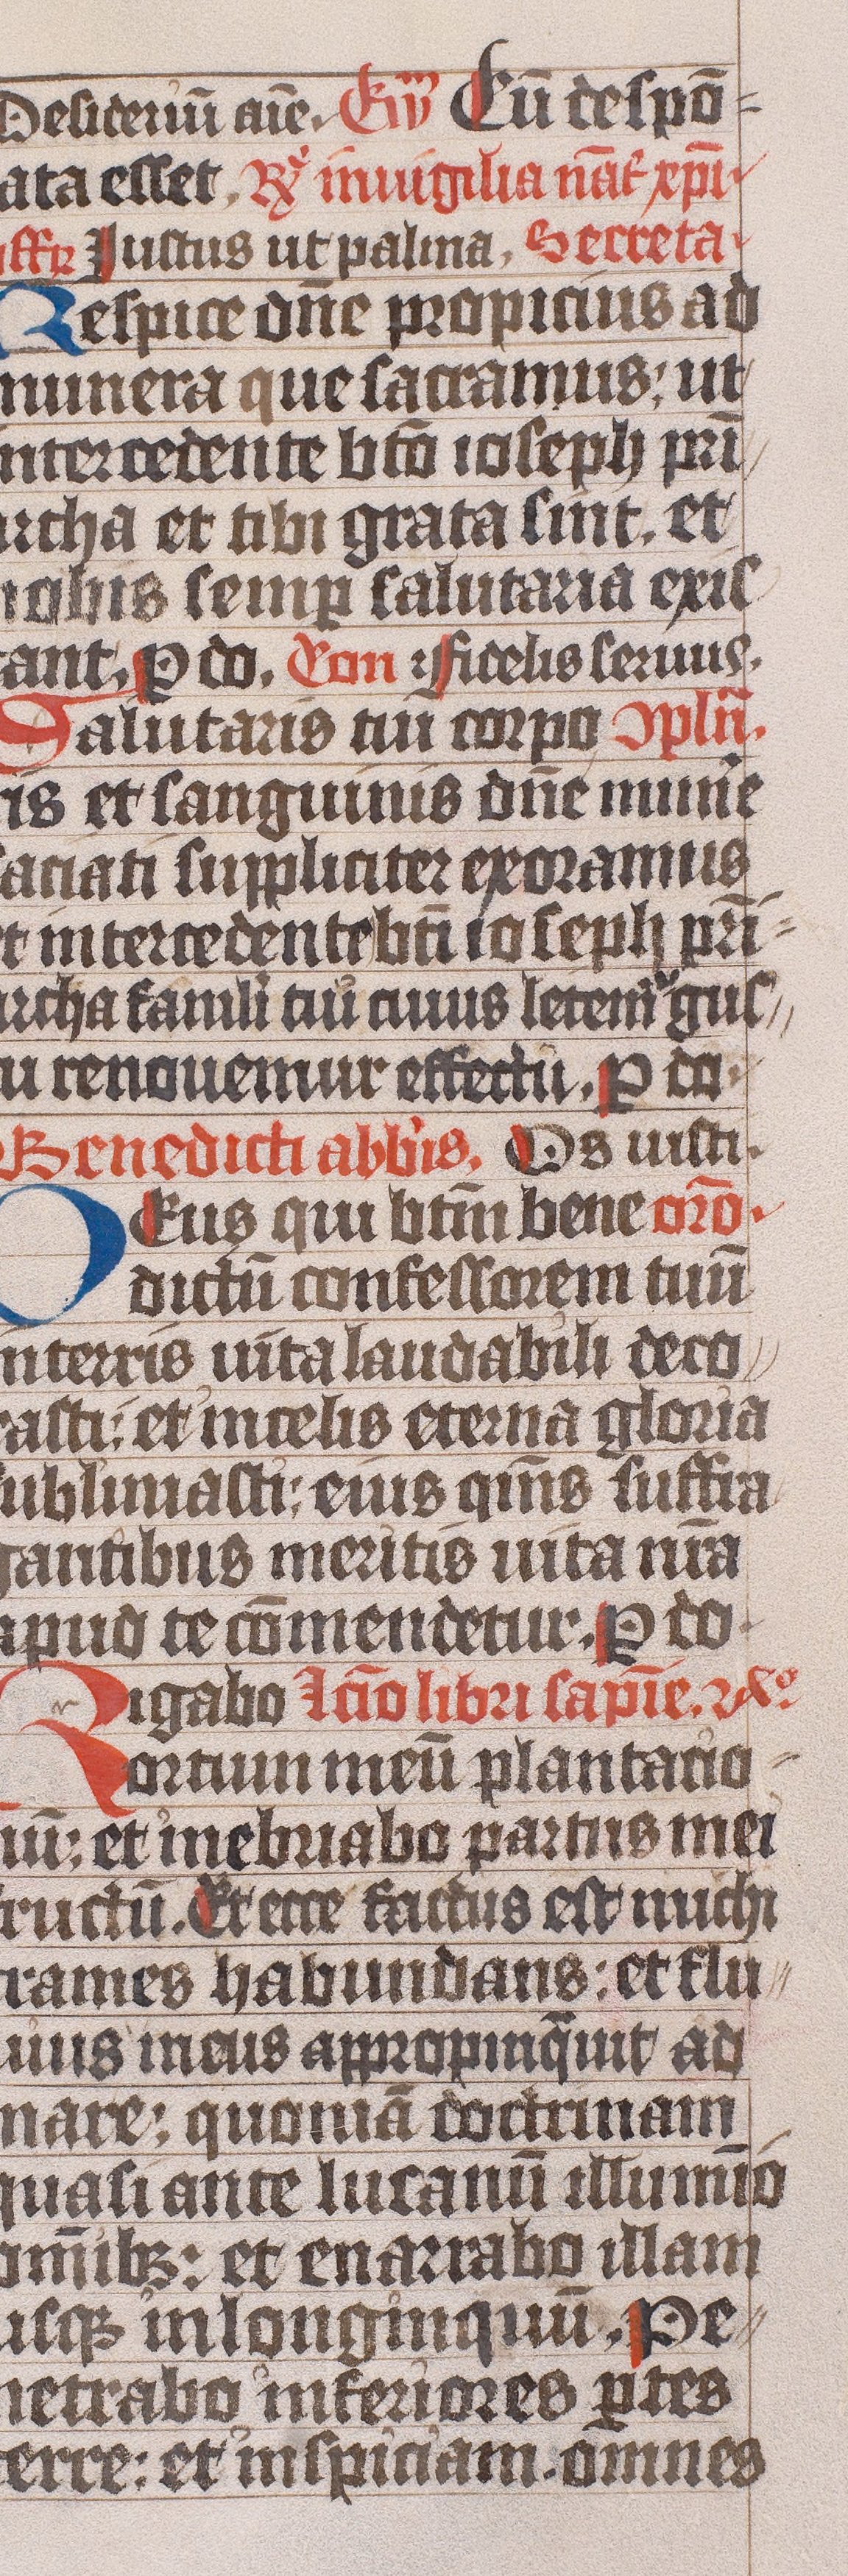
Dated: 1445–1475